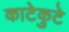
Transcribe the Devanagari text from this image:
काटेकुटे